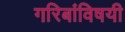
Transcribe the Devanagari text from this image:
गरिबांविषयी